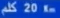
كم 20